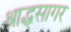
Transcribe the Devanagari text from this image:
श्राद्धसागर